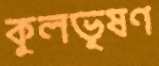
কুলভূষণ